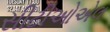
સીટીઓએલ